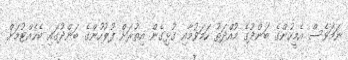
ނަމަވެސް އެމީހުންގެ ބަންދުގެ މުއްދަތު ހަމަވުމާއި ގުޅިގެން އިތުރަށް ފުލުހުންގެ ބަންދުގައި ބެހެއްޓުމަށް